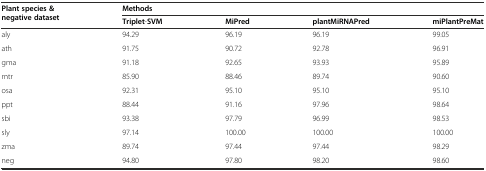
<table><thead><tr><td rowspan="2"><b>Plant species &amp; negative dataset</b></td><td colspan="4"><b>Methods</b></td></tr><tr><td><b>Triplet-SVM</b></td><td><b>MiPred</b></td><td><b>plantMiRNAPred</b></td><td><b>miPlantPreMat</b></td></tr></thead><tbody><tr><td>aly</td><td>94.29</td><td>96.19</td><td>96.19</td><td>99.05</td></tr><tr><td>ath</td><td>91.75</td><td>90.72</td><td>92.78</td><td>96.91</td></tr><tr><td>gma</td><td>91.18</td><td>92.65</td><td>93.93</td><td>95.89</td></tr><tr><td>mtr</td><td>85.90</td><td>88.46</td><td>89.74</td><td>90.60</td></tr><tr><td>osa</td><td>92.31</td><td>95.10</td><td>95.10</td><td>95.10</td></tr><tr><td>ppt</td><td>88.44</td><td>91.16</td><td>97.96</td><td>98.64</td></tr><tr><td>sbi</td><td>93.38</td><td>97.79</td><td>96.99</td><td>98.53</td></tr><tr><td>sly</td><td>97.14</td><td>100.00</td><td>100.00</td><td>100.00</td></tr><tr><td>zma</td><td>89.74</td><td>97.44</td><td>97.44</td><td>98.29</td></tr><tr><td>neg</td><td>94.80</td><td>97.80</td><td>98.20</td><td>98.60</td></tr></tbody></table>